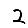
Digit: 2